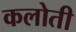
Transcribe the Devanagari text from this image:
कलोती